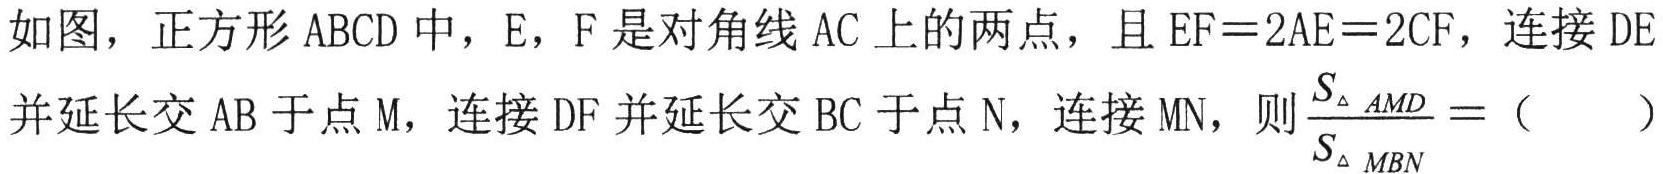
如图，正方形\(ABCD\)中，\(E\)，\(F\)是对角线\(AC\)上的两点，且\(EF = 2AE=2CF\)，连接\(DE\)
并延长交\(AB\)于点\(M\)，连接\(DF\)并延长交\(BC\)于点\(N\)，连接\(MN\)，则\(\frac{S_{\triangle AMD}}{S_{\triangle MBN}}=\)（  ）